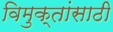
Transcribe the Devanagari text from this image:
विमुक्तांसाठी